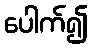
ပေါက်၍